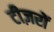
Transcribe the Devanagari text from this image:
टीज़रों